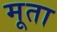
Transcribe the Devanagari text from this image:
मूता